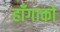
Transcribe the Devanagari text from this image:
हाँगाको